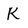
Character: K